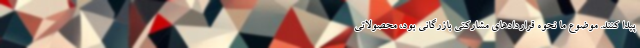
پیدا کنند. موضوع ما نحوه قراردادهای مشارکتی بازرگانی بود، محصولاتی